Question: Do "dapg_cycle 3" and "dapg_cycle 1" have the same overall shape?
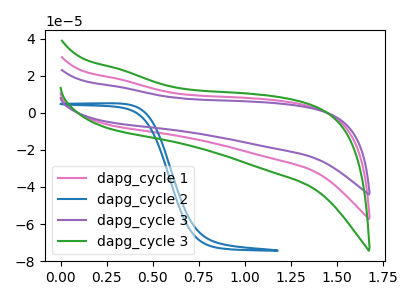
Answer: <think>The pink curve "dapg_cycle 1" has no peaks. The blue curve "dapg_cycle 2" has no peaks. The purple curve "dapg_cycle 3" has no peaks. The green curve "dapg_cycle 3" has no peaks.
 Neither "dapg_cycle 3" or "dapg_cycle 1" have any peaks.</think>
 <answer>"dapg_cycle 3" and "dapg_cycle 1" are similar in shape.</answer>
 <eval>same_shape</eval>